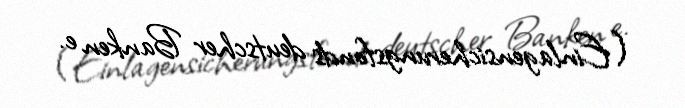
(Einlagensicherungsfonds deutscher Banken e.